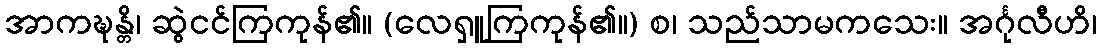
အာကဍ္ဎန္တိ၊ ဆွဲငင်ကြကုန်၏။ (လေရှူကြကုန်၏။) စ၊ သည်သာမကသေး။ အင်္ဂုလီဟိ၊